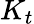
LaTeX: K_{t}